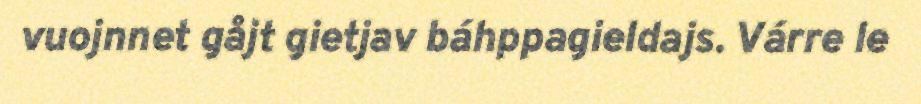
vuojnnet gåjt gietjav báhppagieldajs. Várre le